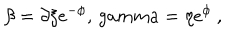
LaTeX: \beta = \partial \xi e ^ { - \phi } , \, g a m m a = \eta e ^ { \phi } \ ,